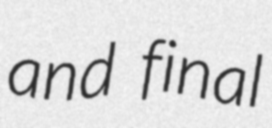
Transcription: and final